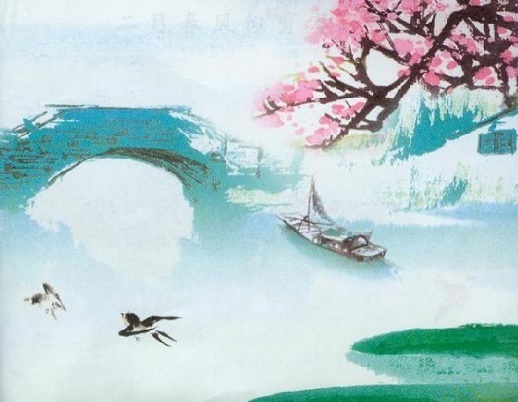
春雨断桥人不度，小舟撑出柳阴来。